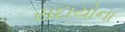
સદાયોના